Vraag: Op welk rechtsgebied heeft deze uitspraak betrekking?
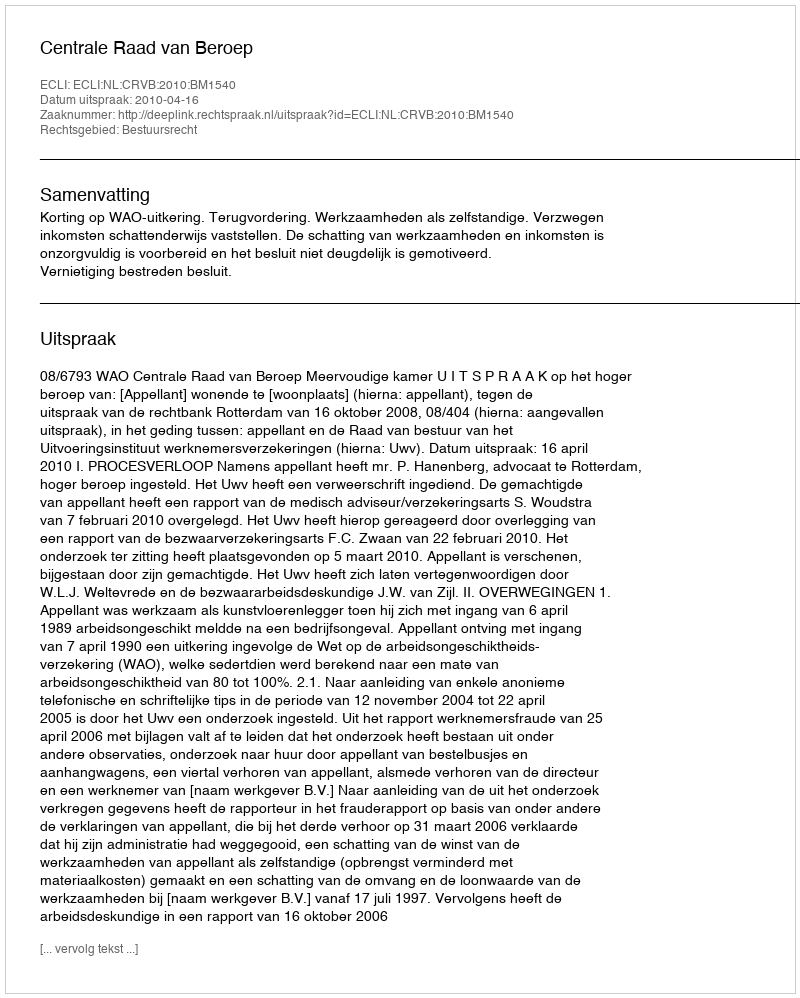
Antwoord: Bestuursrecht